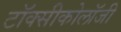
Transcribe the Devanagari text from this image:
टॉक्सीकोलॉजी